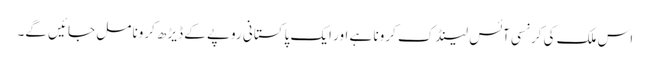
اس ملک کی کرنسی آئس لینڈک کرونا ہے اور ایک پاکستانی روپے کے ڈیڑھ کرونا مل جائیں گے۔